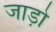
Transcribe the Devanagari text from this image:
जाड़ो